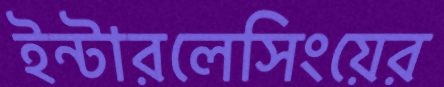
ইন্টারলেসিংয়ের